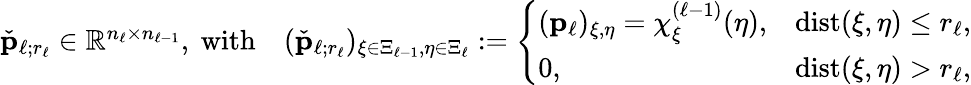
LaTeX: \begin{array}{r}{\check{\boldsymbol{\mathbf{p}}}_{\ell;r_{\ell}}\in\mathbb{R}^{n_{\ell}\times n_{\ell-1}},\mathrm{~with}\quad(\check{\boldsymbol{\mathbf{p}}}_{\ell;r_{\ell}})_{\xi\in\Xi_{\ell-1},\eta\in\Xi_{\ell}}:=\left\{ \begin{array}{ll}{(\boldsymbol{\mathbf{p}}_{\ell})_{\xi,\eta}=\chi_{\xi}^{(\ell-1)}(\eta),}&{\mathrm{dist}(\xi,\eta)\le r_{\ell},}\\ {0,}&{\mathrm{dist}(\xi,\eta)>r_{\ell},}\end{array}\right.}\end{array}